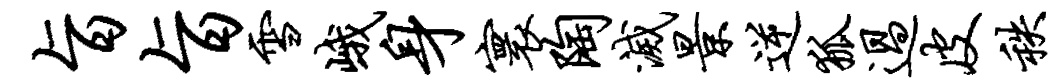
旨旨雪峨身寰陶灭景逆狐过皮秩